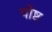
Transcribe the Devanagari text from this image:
पोष्ट